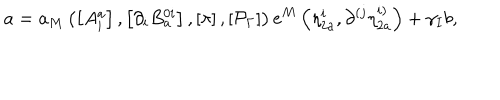
a = a _ { M } \left( \left[ A _ { i } ^ { a } \right] , \left[ \partial _ { i } B _ { a } ^ { 0 i } \right] , \left[ \pi \right] , \left[ \mathcal { P } _ { \Gamma } \right] \right) e ^ { M } \left( \eta _ { 2 a } ^ { i } , \partial ^ { \left( j \right. } \eta _ { 2 a } ^ { \left. i \right) } \right) + \gamma _ { I } b ,